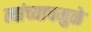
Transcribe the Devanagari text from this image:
त्यांच्याचमुळे